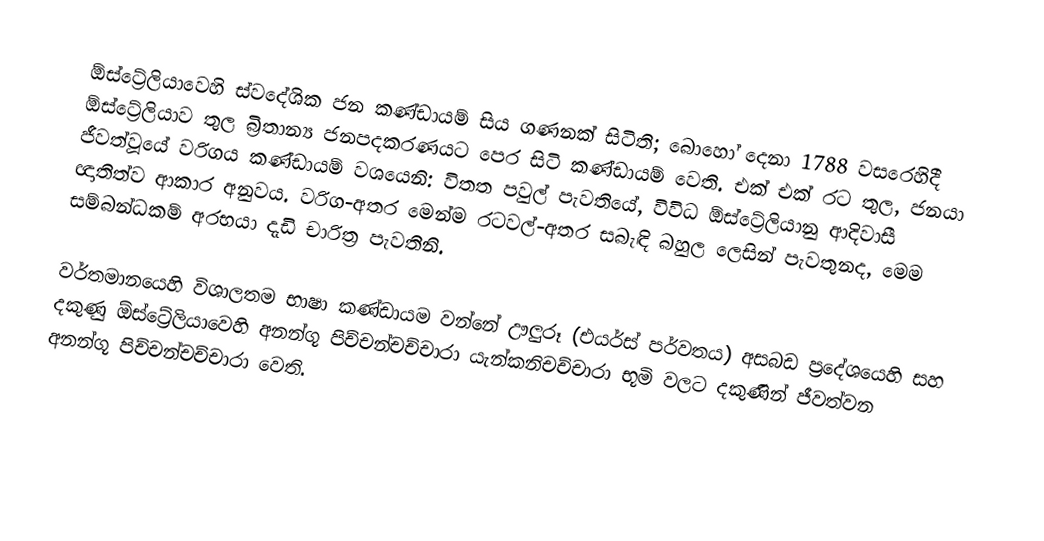
ඕස්ට්‍රේලියාවෙහි ස්වදේශික ජන කණ්ඩායම් සිය ගණනක් සිටිති; බොහෝ දෙනා   1788 වසරෙහිදී ඕස්ට්‍රේලියාව තුල බ්‍රිතාන්‍ය ජනපදකරණයට පෙර සිටි කණ්ඩායම් වෙති. එක් එක් රට තුල, ජනයා ජීවත්වූයේ වරිගය කණ්ඩායම් වශයෙනි: විතත පවුල් පැවතියේ, විවිධ ඕස්ට්‍රේලියානු ආදිවාසී ඥාතිත්ව ආකාර අනුවය. වරිග-අතර මෙන්ම රටවල්-අතර සබැඳි බහුල ලෙසින් පැවතුනද, මෙම සම්බන්ධකම් අරභයා දැඩි චාරිත්‍ර පැවතිනි.

වර්තමානයෙහි විශාලතම භාෂා කණ්ඩායම වන්නේ ඌලුරූ (එයර්ස් පර්වතය)  අසබඩ ප්‍රදේශයෙහි සහ දකුණු ඕස්ට්‍රේලියාවෙහි අනන්ගූ පිච්චන්චච්චාරා යැන්කනිචච්චාරා භූමි වලට දකුණින්  ජීවත්වන  අනන්ගූ පිච්චන්චච්චාරා  වෙති.